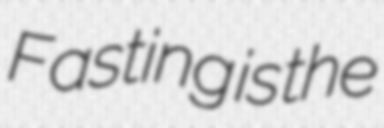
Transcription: Fasting is the